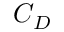
C _ { D }